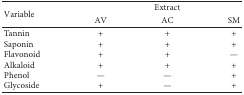
| <ROWSPAN=2> Variable | <COLSPAN=3> Extract |
 | AV | AC | SM |
 | --- | --- | --- | --- |
 | Tannin | + | + | + |
 | Saponin | + | + | + |
 | Flavonoid | + | + | — |
 | Alkaloid | + | + | + |
 | Phenol | — | — | + |
 | Glycoside | + | — | + |